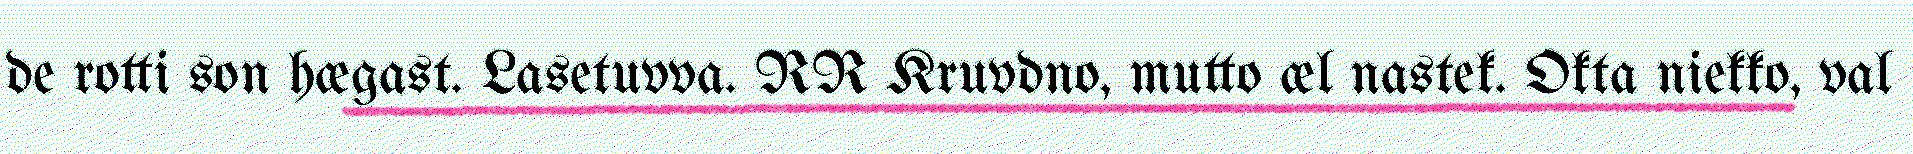
de rotti son hægast. Lasetuvva. RR Kruvdno, mutto æl nastek. Okta niekko, val